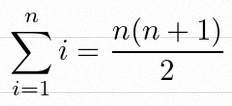
\sum_{i=1}^{n}i=\frac{n(n+1)}2